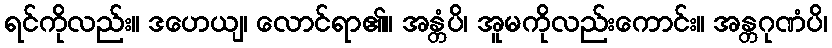
ရင်ကိုလည်း။ ဒဟေယျ၊ လောင်ရာ၏။ အန္တံပိ၊ အူမကိုလည်းကောင်း။ အန္တဂုဏံပိ၊